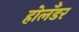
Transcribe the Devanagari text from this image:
होलँडर